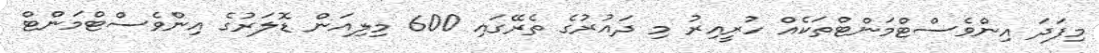
މިފަދަ އިންވެސްޓްމަންޓްތަކެއް ހުރީއިރު މި ދައުރުގެ ތެރޭގައި 600 މިލިއަން ޑޮލަރުގެ އިންވެސްޓްމަންޓް